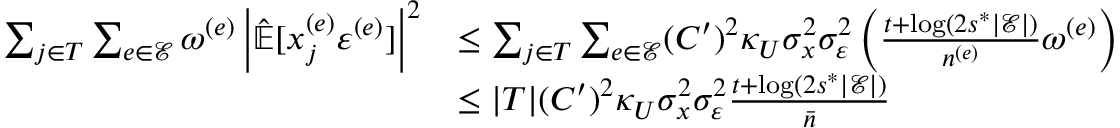
\begin{array} { r l } { \sum _ { j \in T } \sum _ { e \in \mathcal { E } } \omega ^ { ( e ) } \left| \hat { \mathbb { E } } [ x _ { j } ^ { ( e ) } \varepsilon ^ { ( e ) } ] \right| ^ { 2 } } & { \le \sum _ { j \in T } \sum _ { e \in \mathcal { E } } ( C ^ { \prime } ) ^ { 2 } \kappa _ { U } \sigma _ { x } ^ { 2 } \sigma _ { \varepsilon } ^ { 2 } \left( \frac { t + \log ( 2 s ^ { * } | \mathcal { E } | ) } { n ^ { ( e ) } } \omega ^ { ( e ) } \right) } \\ & { \le | T | ( C ^ { \prime } ) ^ { 2 } \kappa _ { U } \sigma _ { x } ^ { 2 } \sigma _ { \varepsilon } ^ { 2 } \frac { t + \log ( 2 s ^ { * } | \mathcal { E } | ) } { \bar { n } } } \end{array}